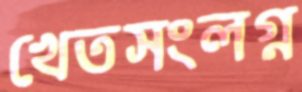
খেতসংলগ্ন